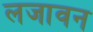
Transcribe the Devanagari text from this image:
लजावन